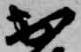
出